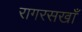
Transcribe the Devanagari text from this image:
रागरसखाँ